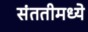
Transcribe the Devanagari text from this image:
संततीमध्ये